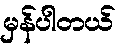
မှန်ပါတယ်